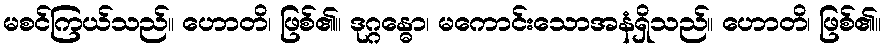
မစင်ကြယ်သည်။ ဟောတိ၊ ဖြစ်၏။ ဒုဂ္ဂန္ဓော၊ မကောင်းသောအနံရှိသည်။ ဟောတိ၊ ဖြစ်၏။